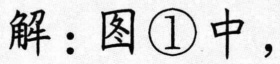
解：图\textcircled{1}中，